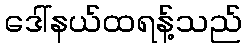
ဒေါ်နယ်ထရန့်သည်